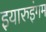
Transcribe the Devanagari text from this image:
इयारुइंगम